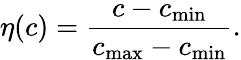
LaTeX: \eta(c)=\frac{c-c_{\operatorname*{min}}}{c_{\operatorname*{max}}-c_{\operatorname*{min}}}.